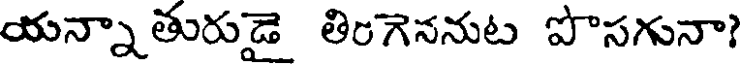
యన్నాతురుడై తింగెననుట పొసగునా?